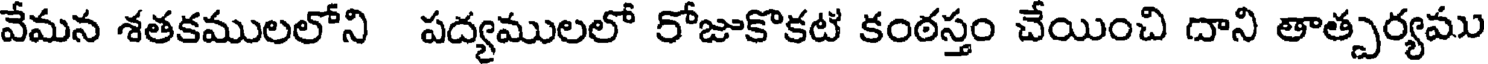
వేమన శతకములలోని పద్యములలో రోజుకొకటి కంఠస్తం చేయించి దాని తాత్పర్యము